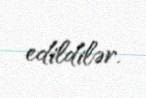
edildilər.